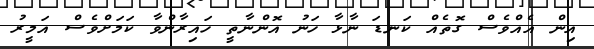
އިން އެއްވެސް ގޮތެއް ކަނޑަ ނާޅާ ހަނު އޮންނާތީ ހައިރާންވާ ކަމަށްވެސް އަމީރު